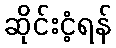
ဆိုင်းငံ့ရန်